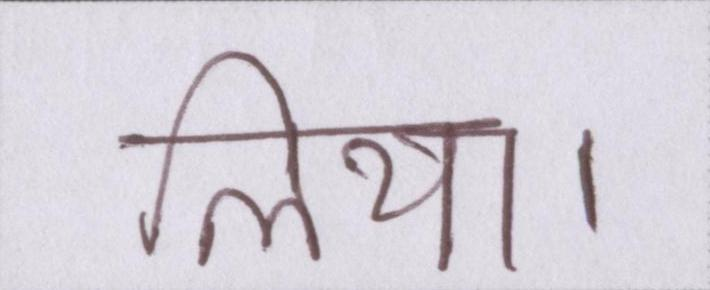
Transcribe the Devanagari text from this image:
लिया।